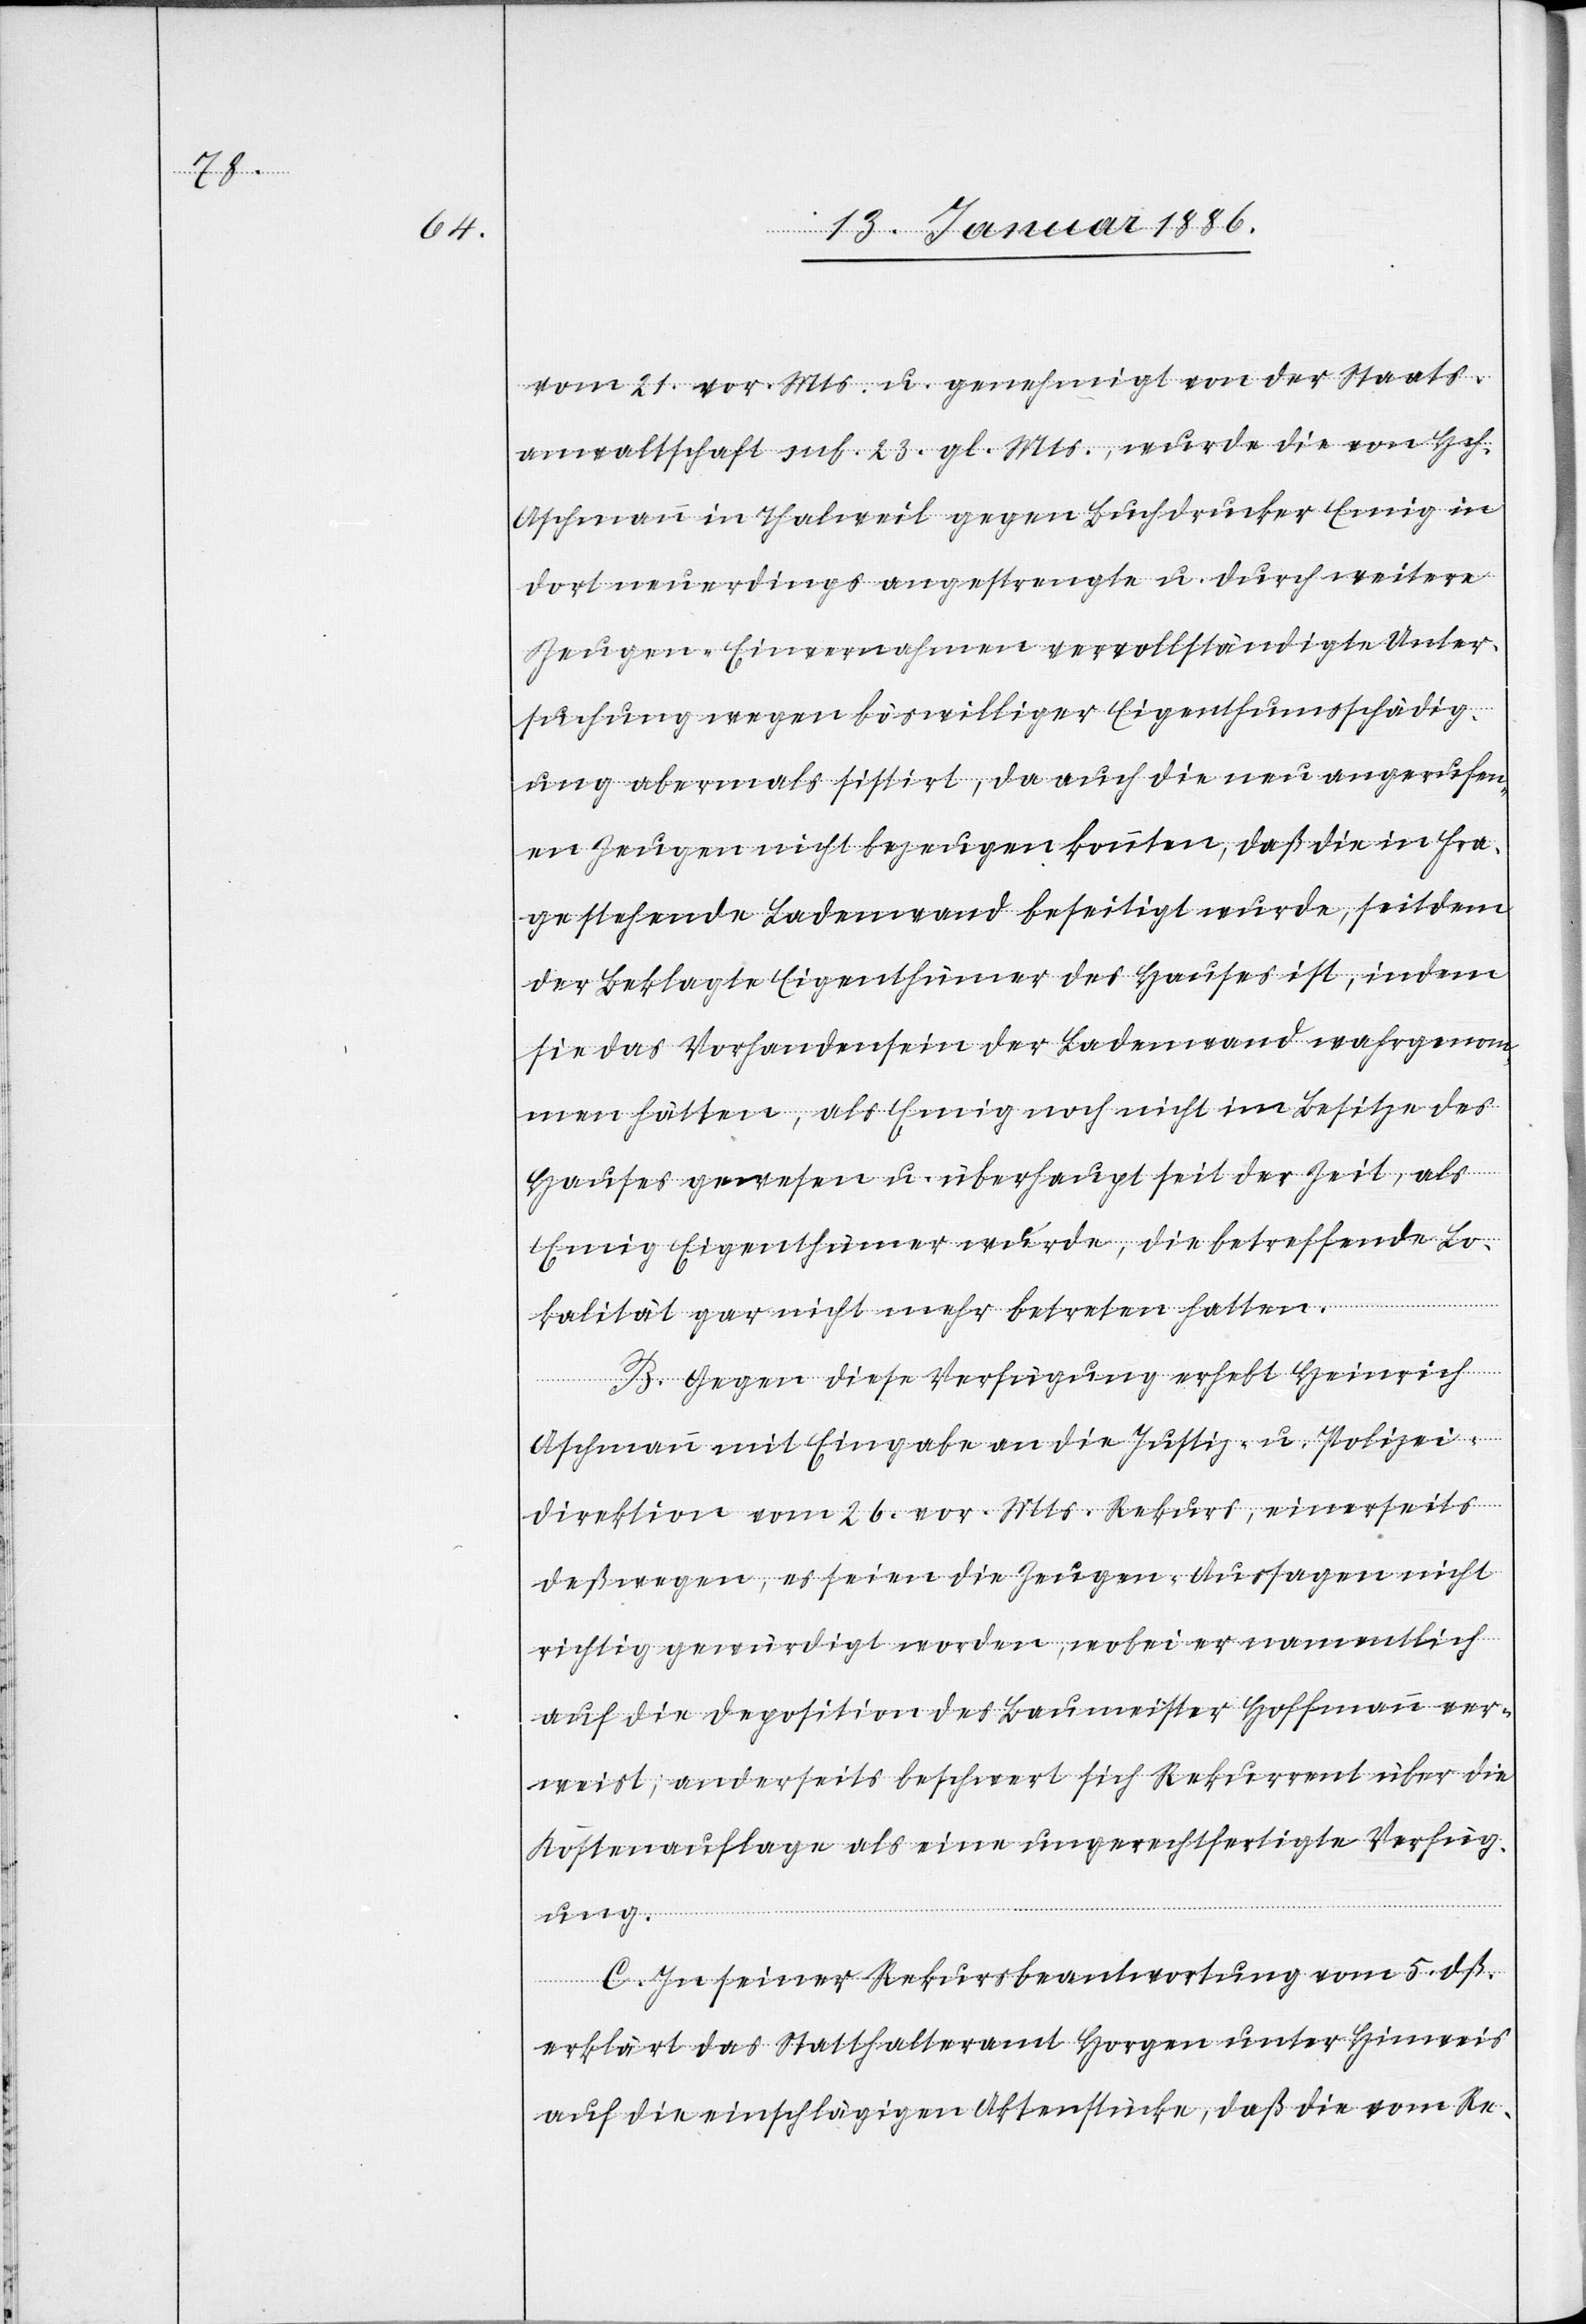
vom 21. vor. Mts. u. genehmigt von der Staats¬
anwaltschaft sub. 23. gl. Mts., wurde die von Hch.
Aschmann in Thalweil gegen Buchdrucker Emig in
dort neuerdings angestrengte u. durch weitere
Zeugen-Einvernahmen vervollständigte Unter¬
suchung wegen böswilliger Eigenthumsschädig¬
ung abermals sistirt, da auch die neu angerufen¬
en Zeugen nicht bezeugen konnten, daß die in Fra¬
ge stehende Ladenwand beseitigt wurde, seitdem
der Beklagte Eigenthümer des Hauses ist, indem
sie das Vorhandensein der Ladenwand wahrgenom¬
men hätten, als Emig noch nicht im Besitze des
Hauses gewesen u. überhaupt seit der Zeit, als
Emig Eigenthümer wurde, die betreffende Lo¬
kalität gar nicht mehr betreten hatten.
B. Gegen diese Verfügung erhebt Heinrich
Aschmann mit Eingabe an die Justiz- u. Polizei¬
direktion vom 26. vor. Mts. Rekurs, einerseits
deßwegen, es seien die Zeugen-Aussagen nicht
richtig gewürdigt worden, wobei er namentlich
auf die Deposition des Baumeisters Hoffmann ver¬
weist; anderseits beschwert sich Rekurrent über die
Kostenauflagen als eine ungerechtfertigte Verfüg¬
ung.
C. In seiner Rekursbeantwortung vom 5. dß.
erklärt das Statthalteramt Horgen unter Hinweis
auf die einschlägigen Aktenstücke, daß die vom Re-